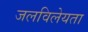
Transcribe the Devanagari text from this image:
जलविलेयता